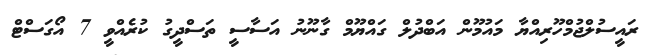
ރައީސުލްޖުމްހޫރިއްޔާ މައުމޫން އަބްދުލް ގައްޔޫމް ގާނޫނު އަސާސީ ތަސްދީގު ކުރެއްވީ 7 އޯގަސްޓް